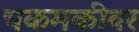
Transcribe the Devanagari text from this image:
चकमकीवर